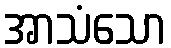
အာသံသော